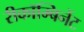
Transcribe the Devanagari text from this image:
रीकॉम्बिनेंट